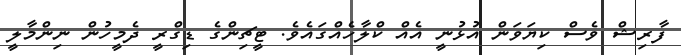
ފާރިޝް ވެސް ކިޔަވަން އުޅުނީ އެއް ކްލާހެއްގައެވެ. ޓީޗިންގެ ޑިގްރީ ދެމީހުން ނިންމާލީ